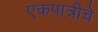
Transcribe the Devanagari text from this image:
एकपात्रीचे